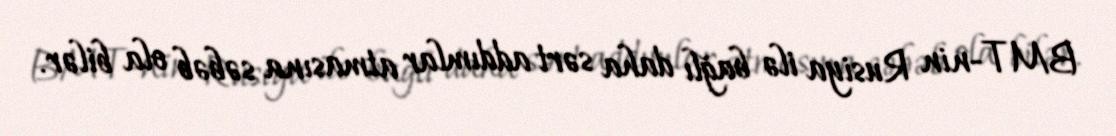
BMT-nin Rusiya ilə bağlı daha sərt addımlar atmasına səbəb ola bilər.